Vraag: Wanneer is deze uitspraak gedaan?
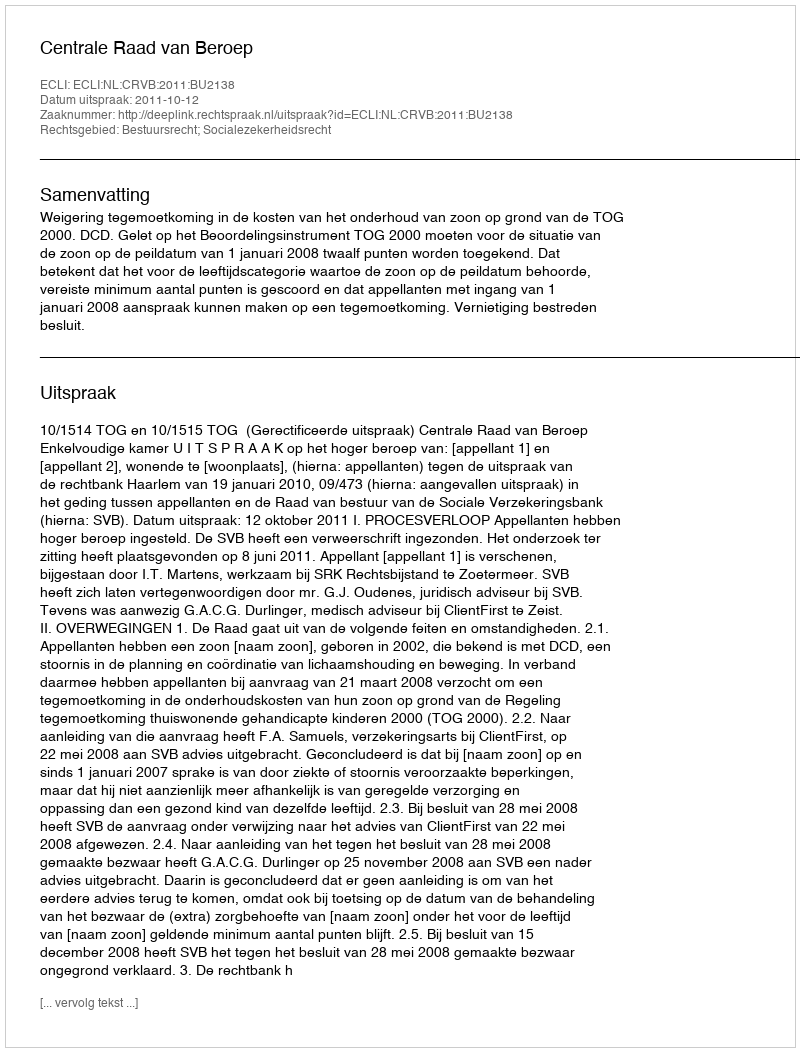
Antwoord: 2011-10-12